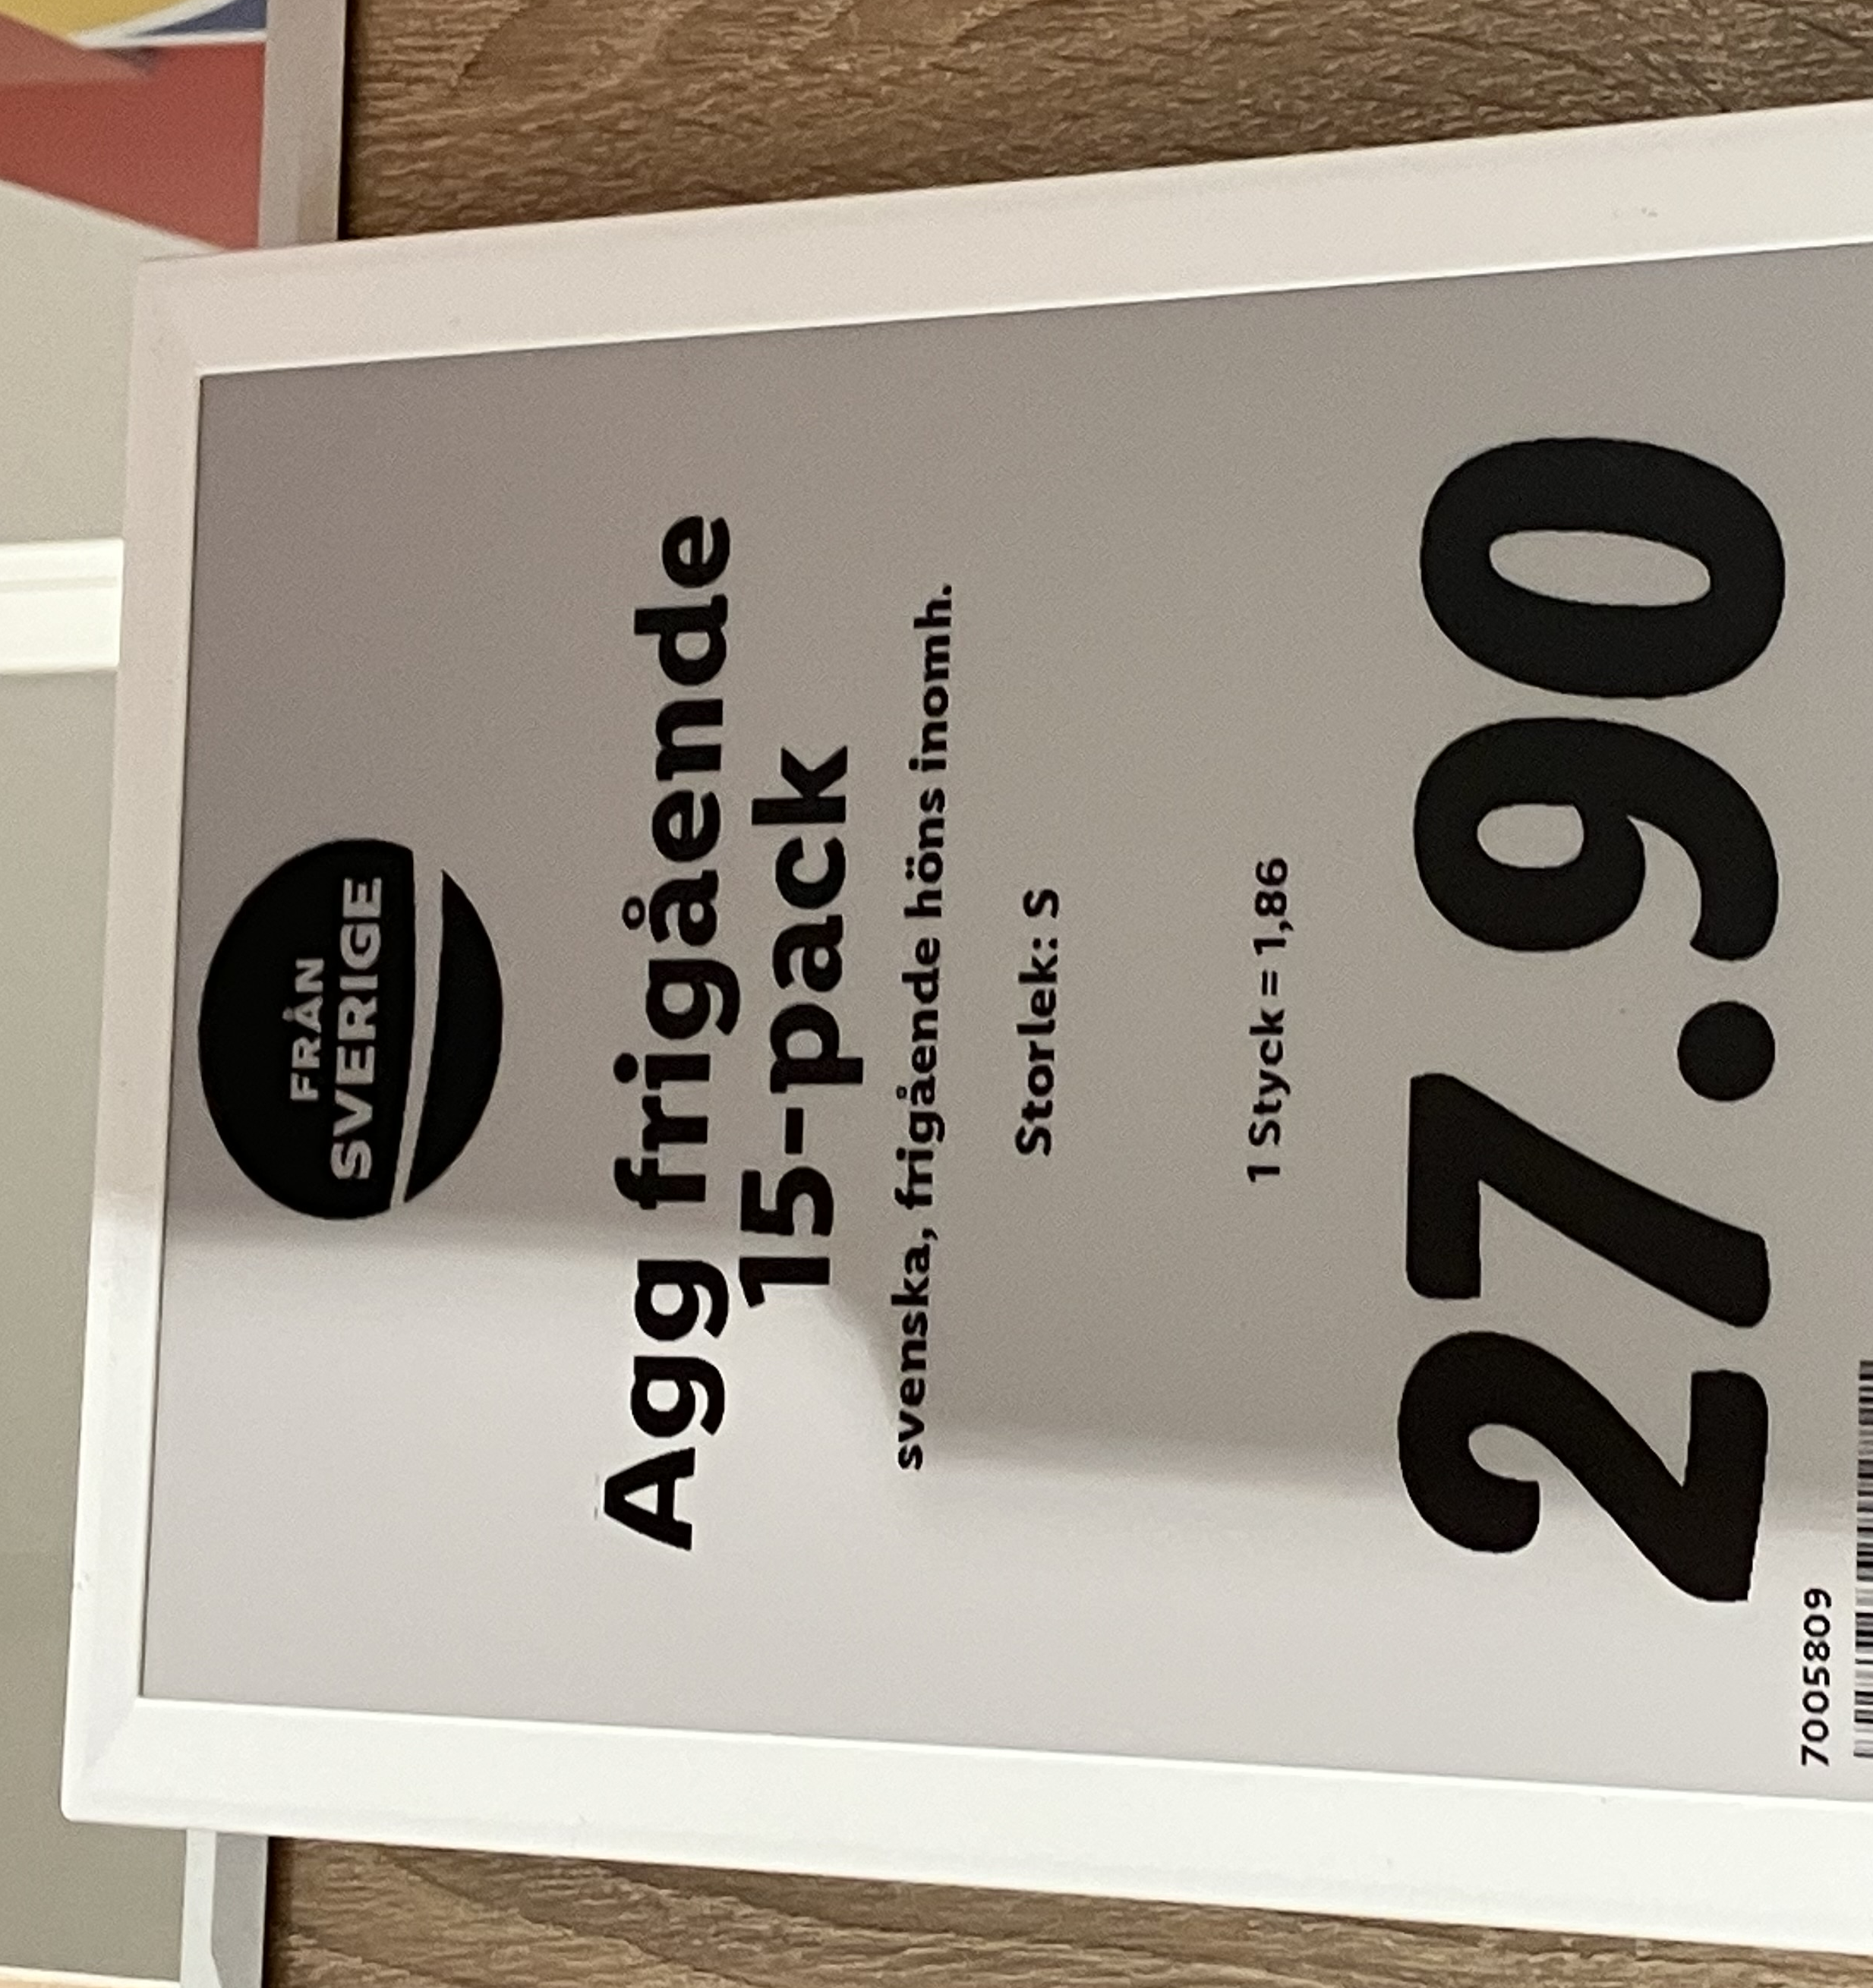
Vara: Agg frigående 15-pack
Genomsnittspris: 1.86 per st